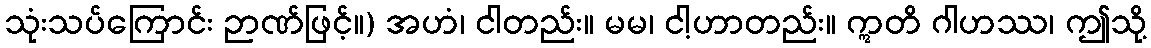
သုံးသပ်ကြောင်း ဉာဏ်ဖြင့်။) အဟံ၊ ငါတည်း။ မမ၊ ငါ့ဟာတည်း။ ဣတိ ဂါဟဿ၊ ဤသို့